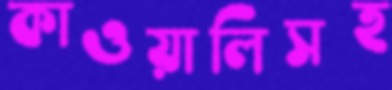
কাওয়ালিসহ